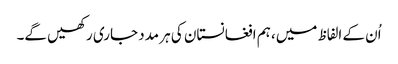
اُن کے الفاظ میں، ہم افغانستان کی ہر مدد جاری رکھیں گے۔